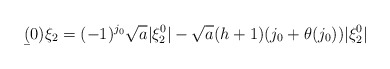
\begin{align*}\b(0)\xi_2=(-1)^{j_0}\sqrt{a}|\xi^0_2|-\sqrt{a}(h+1)(j_0+\theta(j_0))|\xi^0_2|\end{align*}